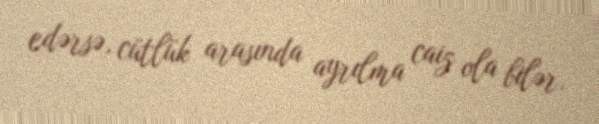
edərsə, cütlük arasında ayrılma caiz ola bilər.